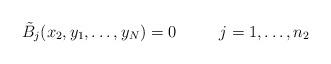
LaTeX: \begin{align*}\tilde{B}_j(x_2,y_1,\ldots,y_N)=0 \ \ \ \ \ \ \ \ j=1,\ldots,n_2\end{align*}